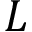
L